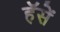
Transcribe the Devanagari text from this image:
हॅसें